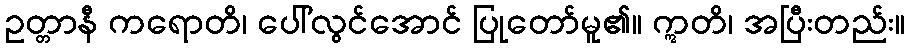
ဥတ္တာနီ ကရောတိ၊ ပေါ်လွင်အောင် ပြုတော်မူ၏။ ဣတိ၊ အပြီးတည်း။